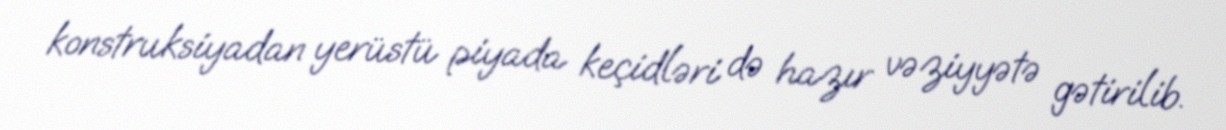
konstruksiyadan yerüstü piyada keçidləri də hazır vəziyyətə gətirilib.